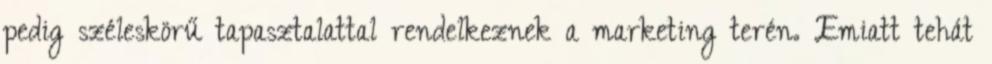
pedig széleskörű tapasztalattal rendelkeznek a marketing terén. Emiatt tehát